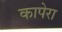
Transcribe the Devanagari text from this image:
कापेरा